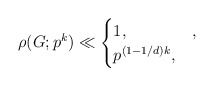
\begin{align*}\rho(G;p^k)\ll \begin{cases}1, & ,\\p^{(1-1/d)k}, &\end{cases}\end{align*}